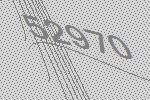
52970